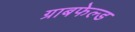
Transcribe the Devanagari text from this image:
ग्राबफेल्ड